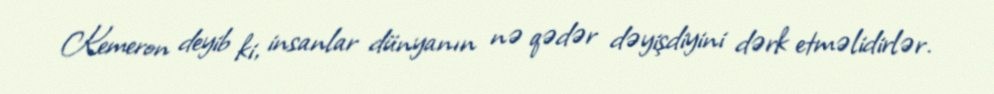
Kemeron deyib ki, insanlar dünyanın nə qədər dəyişdiyini dərk etməlidirlər.